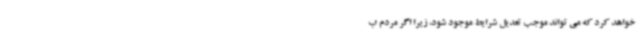
خواهد کرد که می تواند موجب تعدیل شرایط موجود شود، زیرا اگر مردم ب